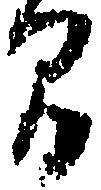
間